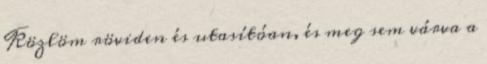
Közlöm röviden és utasítóan, és meg sem várva a